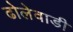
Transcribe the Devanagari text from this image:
ढोलेवाडी